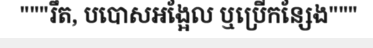
"""រឹត, បបោសអង្អែល ឬប្រើកន្សែង"""